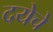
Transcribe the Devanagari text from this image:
दयेचे